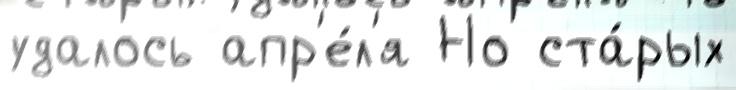
удалось апр'е́л'я Но ста́рых